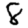
Digit: 8